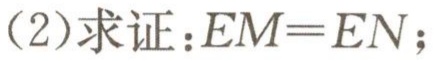
（2）求证：\(EM = EN\)；